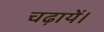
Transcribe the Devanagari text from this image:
चढ़ायें।